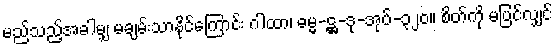
မည်သည့်အခါမျှ မချမ်းသာနိုင်ကြောင်း ဂါထာ၊ ဓမ္မ-ဋ္ဌ-ဒု-အုပ်-၃၂၀။ စိတ်ကို မပြင်လျှင်